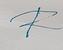
Signature authenticity: forged